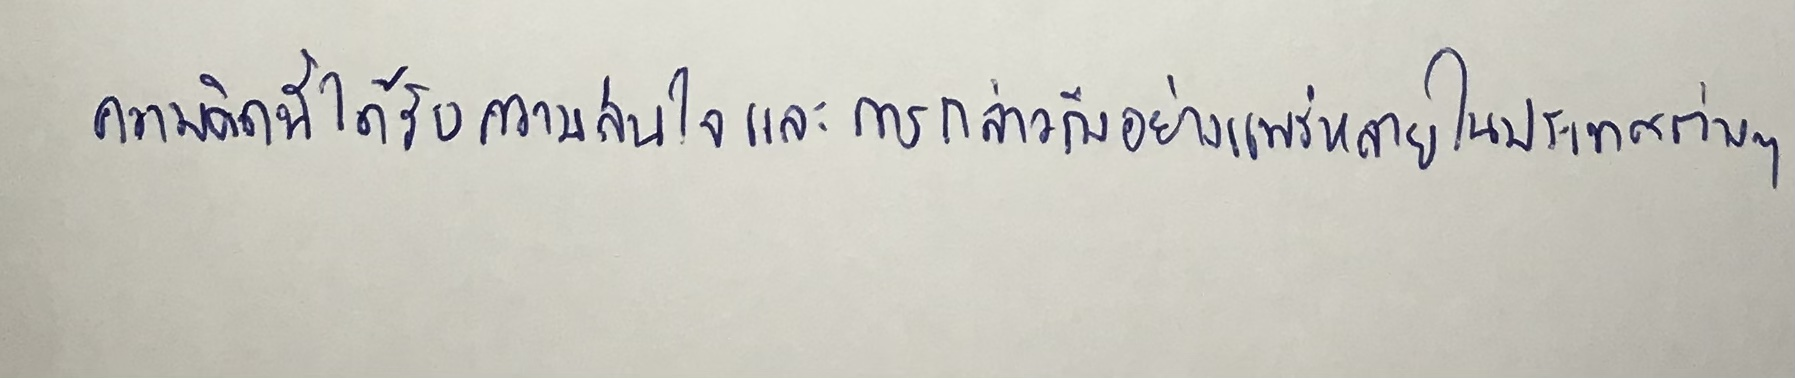
ความคิดนี้ได้รับความสนใจและการกล่าวถึงอย่างแพร่หลายในประเทศต่างๆ